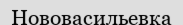
Нововасильевка